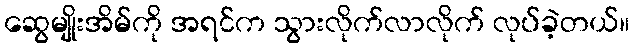
ဆွေမျိုးအိမ်ကို အရင်က သွားလိုက်လာလိုက် လုပ်ခဲ့တယ်။